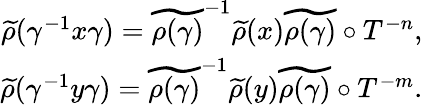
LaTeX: \begin{array}{r}{\widetilde{\rho}(\gamma^{-1}x\gamma)=\widetilde{\rho(\gamma)}^{-1}\widetilde{\rho}(x)\widetilde{\rho(\gamma)}\circ T^{-n},}\\ {\widetilde{\rho}(\gamma^{-1}y\gamma)=\widetilde{\rho(\gamma)}^{-1}\widetilde{\rho}(y)\widetilde{\rho(\gamma)}\circ T^{-m}.}\end{array}